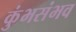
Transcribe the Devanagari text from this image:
कुंभसंभव